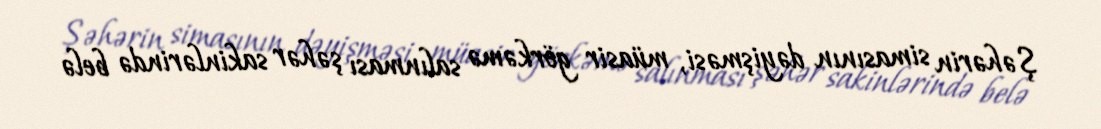
Şəhərin simasının dəyişməsi, müasir görkəmə salınması şəhər sakinlərində belə